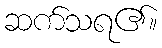
ဆက်သရ၏။